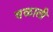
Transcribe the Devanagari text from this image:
वळाली